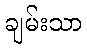
ချမ်းသာ